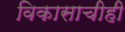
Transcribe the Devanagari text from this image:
विकासाचीही